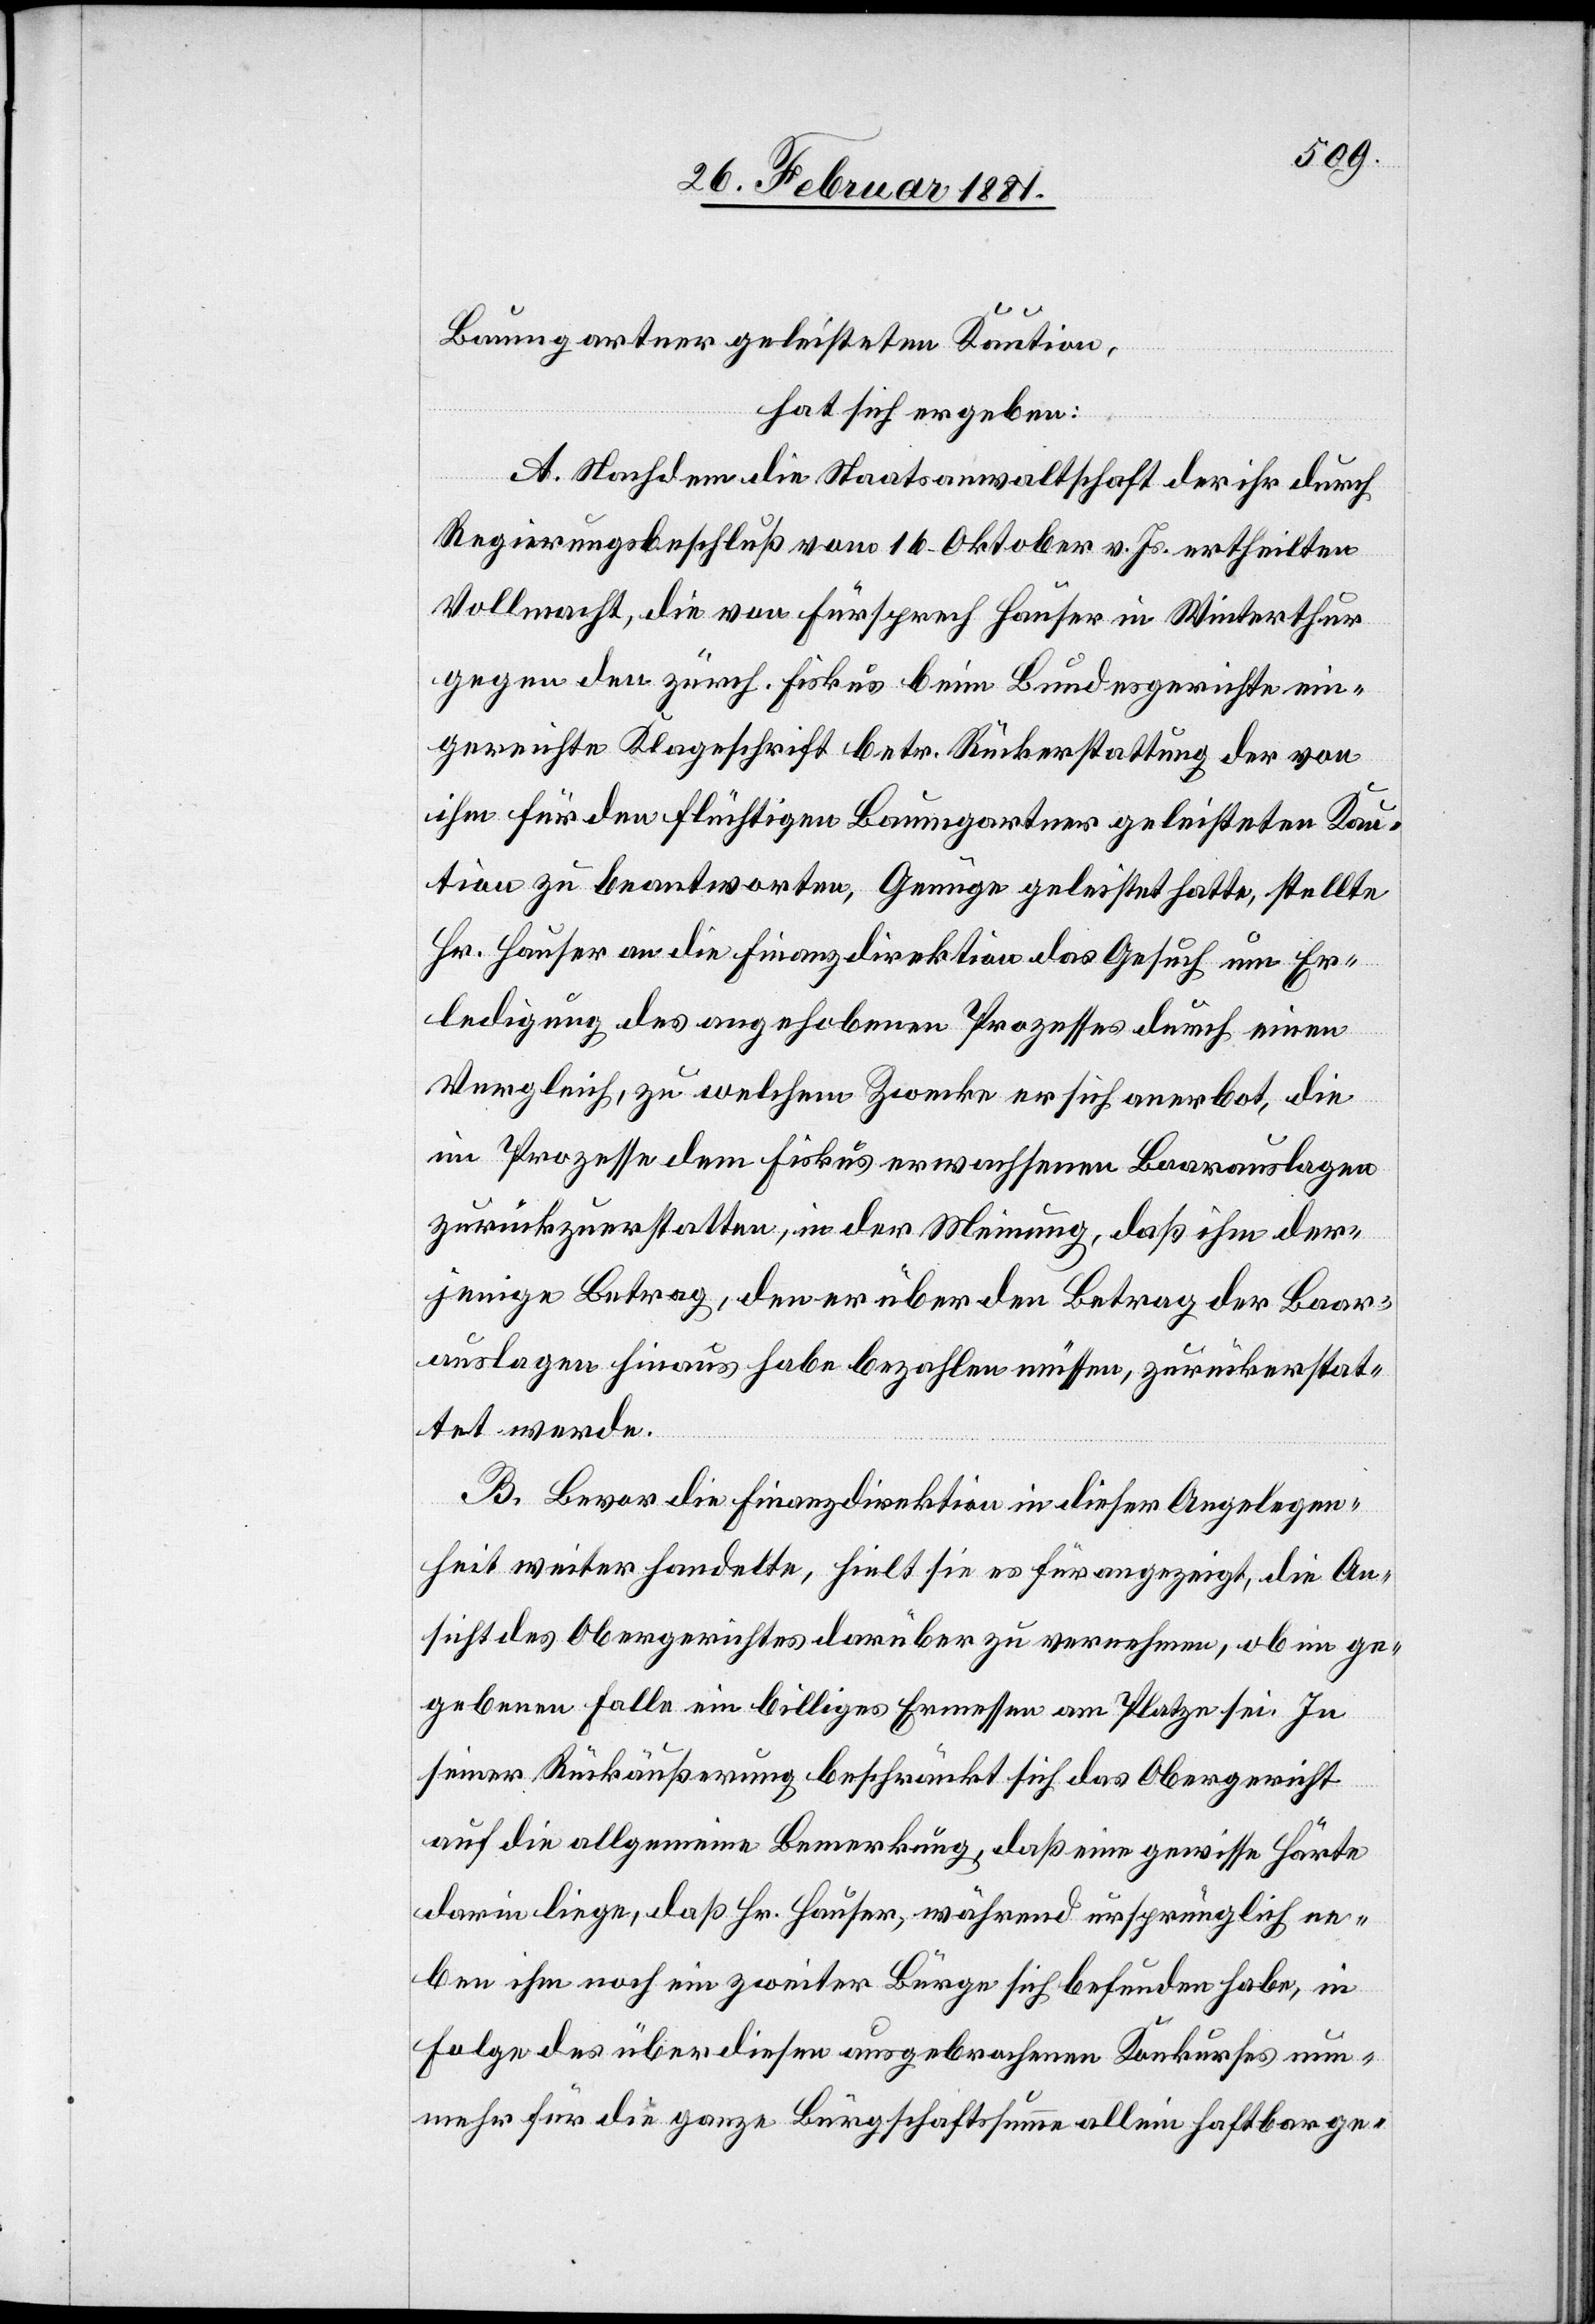
Baumgartner geleisteten Kaution,
hat sich ergeben:
A. Nachdem die Staatsanwaltschaft der ihr durch
Regierungsbeschluß vom 16. Oktober v. Js. ertheilten
Vollmacht, die von Fürsprech Hauser in Winterthur
gegen den zürch. Fiskus beim Bundesgerichte ein¬
gereichte Klageschrift betr. Rückerstattung der von
ihm für den flüchtigen Baumgartner geleisteten Kau¬
tion zu beantworten, Genüge geleistet hatte, stellte
H. Hauser an die Finanzdirektion das Gesuch um Er¬
ledigung des angehobenen Prozesses durch einen
Vergleich, zu welchem Zwecke er sich anerbot, die
im Prozesse dem Fiskus verwachsenen Baarauslagen
zurückzuerstatten, in der Meinung, daß ihm der¬
jenige Betrag, der er über den Betrag der Baar¬
auslagen hinaus habe bezahlen müssen, zurückerstat¬
tet werde.
B. Bevor die Finanzdirektion in dieser Angelegen¬
heit weiter handelte, hielt, sie es für angezeigt, die An¬
sicht des Obergerichtes darüber zu vernehmen, ob im ge¬
gebenen Falle ein billiges Ermessen am Platze sei. In
seiner Rückäußerung beschränkt sich das Obergericht
auf die allgemeine Bemerkung, daß eine gewisse Härte
darin liege, daß Hr. Hauser, während ursprünglich ne¬
ben ihm noch ein zweiter Bürge sich befunden habe, in
Folge des über diesen ausgebrochenen Konkurses nun¬
mehr für die ganze Bürgschaftssumme allein haftbar ge-